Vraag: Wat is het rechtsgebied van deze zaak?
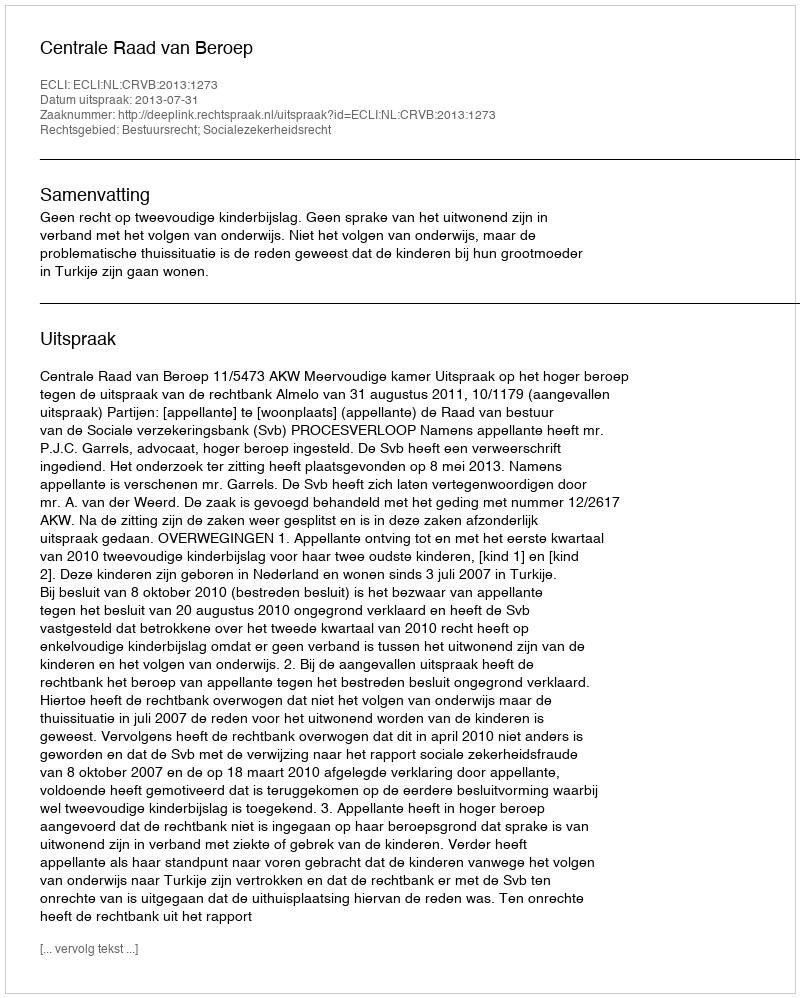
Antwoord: Bestuursrecht; Socialezekerheidsrecht